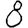
Digit: 8